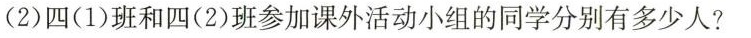
(2)四(1)班和四(2)班参加课外活动小组的同学分别有多少人?